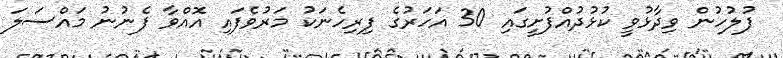
ފުލުހުން ވިދާޅުވީ ކުޅުދުއްފުށީގައި 30 އަހަރުގެ ފިރިހެނަކު މަރުވެފައި އޮއްވާ ފެނުނު މައްސަލަ